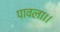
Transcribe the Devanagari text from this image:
पावला।।